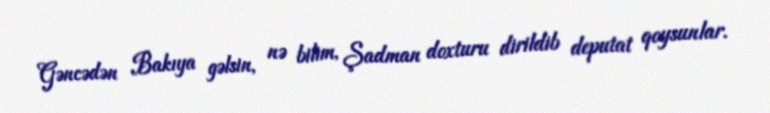
Gəncədən Bakıya gəlsin, nə bilim, Şadman doxturu dirildib deputat qoysunlar.